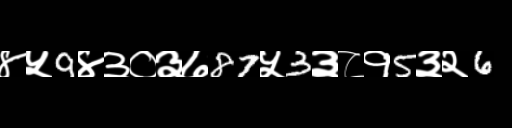
Text: ४५9४३०३७87५3३८१5३२6